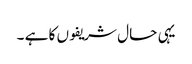
یہی حال شریفوں کا ہے ۔